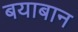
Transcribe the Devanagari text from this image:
बयाबान